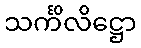
သင်္ကိလိဋ္ဌော